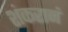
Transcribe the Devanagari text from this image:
शंकरानं